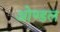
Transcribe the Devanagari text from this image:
ओण्डल